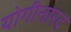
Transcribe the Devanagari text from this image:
योगीनारद